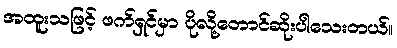
အထူးသဖြင့် ဖက်ရှင်မှာ ပိုလို့တောင်ဆိုးပါသေးတယ်။